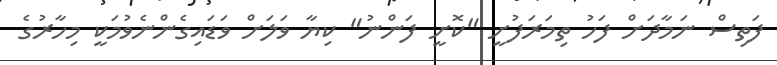
ފަތިސް ނަމާދަށް ފަހު ތިމަރަފުށީ "ކޮށީ ފަންނު" ކިޔާ ވަލަށް ވަޑައިގެންނެވުމަކީ މިހާރުގެ